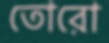
তোরো